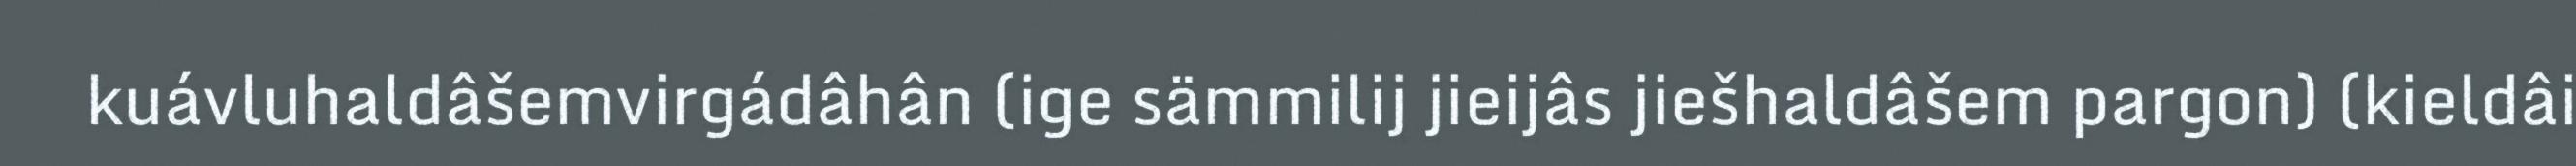
kuávluhaldâšemvirgádâhân (ige sämmilij jieijâs jiešhaldâšem pargon) (kieldâi